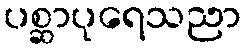
ပစ္ဆာပုရေသညာ